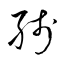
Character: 綫